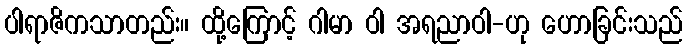
ပါရာဇိကသာတည်း။ ထို့ကြောင့် ဂါမာ ဝါ အရညာဝါ-ဟု ဟောခြင်းသည်